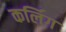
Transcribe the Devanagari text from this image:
कर्लिग